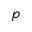
p